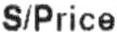
S/PRICE